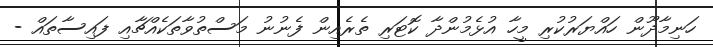
ހަނިމާދޫން ހައްޔަރުކުރި މީހާ އުޅެމުންދާ ކޮޓަރި ތެރެއިން ފެނުނު މަސްތުވާތަކެއްޗާއި ފައިސާތައް -